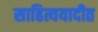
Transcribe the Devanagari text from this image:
साहित्ययादीत